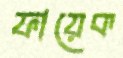
ফায়েক